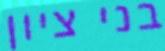
בני ציון